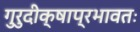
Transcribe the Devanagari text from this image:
गुरुदीक्षाप्रभावतः